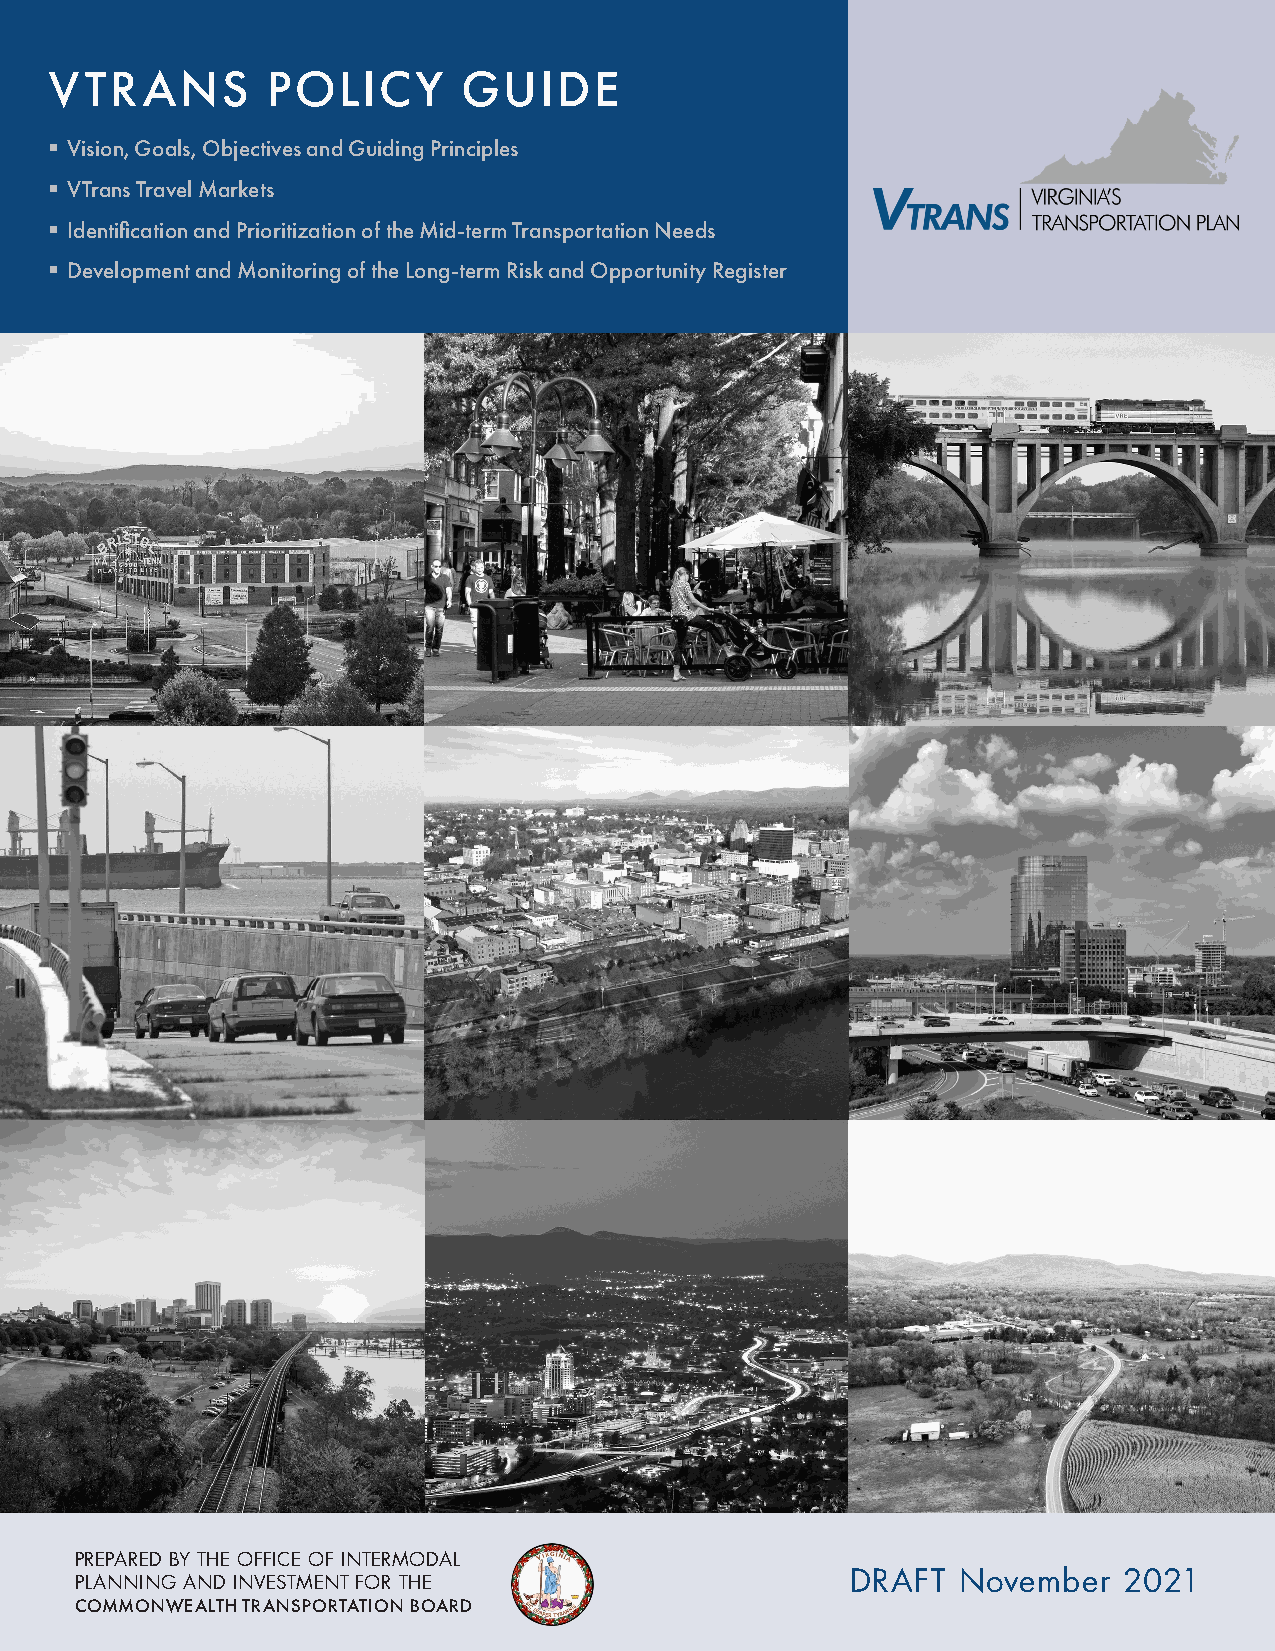
VTRANS         POLICY       GUIDEand
 § Vision, Goals, Objectives and Guiding Principles
 § VTrans Travel Markets
 § Identification and Prioritization of the Mid-term Transportation Needs
 § Development and Monitoring of the Long-term Risk and Opportunity Register
 PREPARED BY THE OFFICE OF INTERMODAL
 PLANNING AND INVESTMENT FOR THE                    DRAFT  November   2021
 DRAFT VTrans Policy Guide                          1
 COMMONWEALTH TRANSPORTATION BOARD